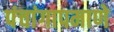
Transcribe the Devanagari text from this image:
पंचांगापमाणे